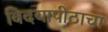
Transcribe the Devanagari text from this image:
विदयापीठाचा